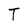
Character: T